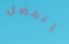
أتفضل